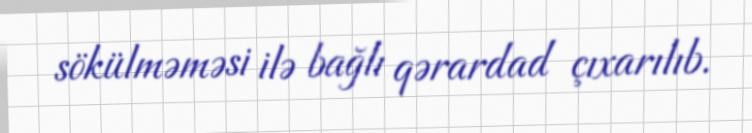
sökülməməsi ilə bağlı qərardad çıxarılıb.